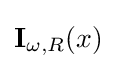
\mathbf {I} _{\omega ,R}(x)